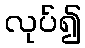
လုပ်၍